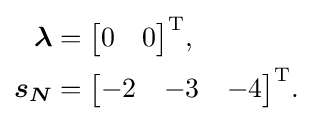
{\begin{aligned}{\boldsymbol {\lambda }}&={\begin{bmatrix}0&0\end{bmatrix}}^{\mathrm {T} },\\{\boldsymbol {s_{N}}}&={\begin{bmatrix}-2&-3&-4\end{bmatrix}}^{\mathrm {T} }.\end{aligned}}